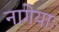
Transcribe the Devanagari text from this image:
नागेयाः